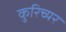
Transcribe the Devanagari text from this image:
कुरिच्यर